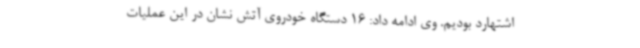
اشتهارد بودیم. وی ادامه داد: 16 دستگاه خودروی آتش نشان در این عملیات